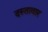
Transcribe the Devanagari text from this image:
दस्तावार